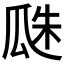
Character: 𤔏